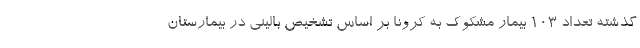
گذشته تعداد ۱۰۳ بیمار مشکوک به کرونا بر اساس تشخیص بالینی در بیمارستان